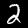
Label: 2